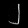
Digit: ၂